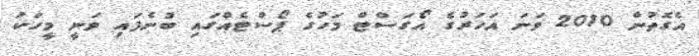
އެގޮތުން 2010 ވަނަ އަހަރުގެ އޯގަސްޓް މަހުގެ ޕޯސްޓެއްގައި ބުނެފައި ވަނީ މީހަކު